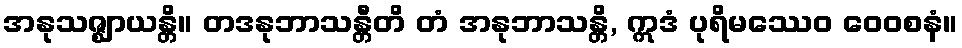
အနုသဇ္ဈာယန္တိ။ တဒနုဘာသန္တီတိ တံ အနုဘာသန္တိ, ဣဒံ ပုရိမဿေဝ ဝေဝစနံ။